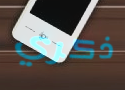
ذكري